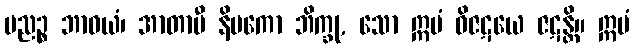
ပညဉ္စ ဘာဝယံ၊ အာတာပီ နိပကော ဘိက္ခု, သော ဣမံ ဝိဇဋယေ ဇဋန္တိ။ ဣမံ